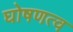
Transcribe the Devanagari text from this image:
घोषणत्व